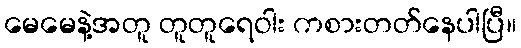
မေမေနဲ့အတူ တူတူရေဝါး ကစားတတ်နေပါပြီ။